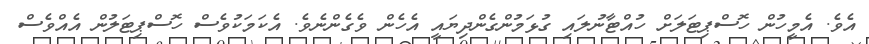
އެވެ. އެމީހުން ހޮސްޕިޓަލަށް ހުއްޓާނުލައި ގުޅަމުންގެންދިޔައީ އެހެން ވެގެންނެވެ. އެކަމަކުވެސް ހޮސްޕިޓަލުން އެއްވެސް